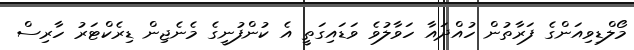
މޯލްޑިވިއަންގެ ފަރާތުން ހުއްދައާ ހަވާލުވެ ވަޑައިގަތީ އެ ކުންފުނީގެ މެނެޖިން ޑިރެކްޓަރު ހާރިސް